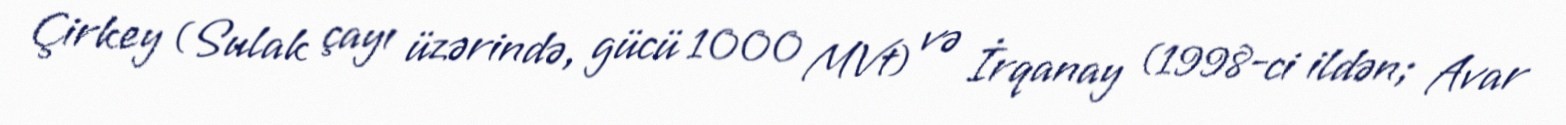
Çirkey (Sulak çayı üzərində, gücü 1000 MVt) və İrqanay (1998-ci ildən; Avar